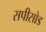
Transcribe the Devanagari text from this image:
सपीसोड